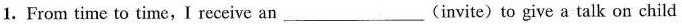
1.From time to time,I receive an ___ (invite) to give a talk on child